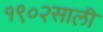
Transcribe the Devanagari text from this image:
१९०२साली